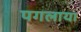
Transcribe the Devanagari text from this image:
पगलाया